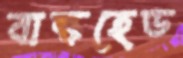
বাল্কহেড